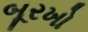
બૂરખો